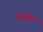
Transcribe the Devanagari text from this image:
ग़ज़्‍ाल